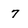
Character: 7